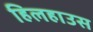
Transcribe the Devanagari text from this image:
हिलहाउस